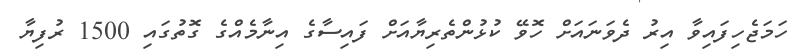
ހަމަޖެހިފައިވާ އިރު ދެވަނައަށް ހޮވޭ ކުޅުންތެރިޔާއަށް ފައިސާގެ އިނާމެއްގެ ގޮތުގައި 1500 ރުފިޔާ